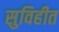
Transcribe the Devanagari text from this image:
सुविहीत